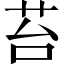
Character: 苔